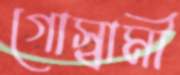
গোস্বামী